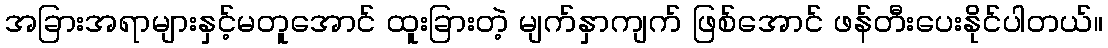
အခြားအရာများနှင့်မတူအောင် ထူးခြားတဲ့ မျက်နှာကျက် ဖြစ်အောင် ဖန်တီးပေးနိုင်ပါတယ်။